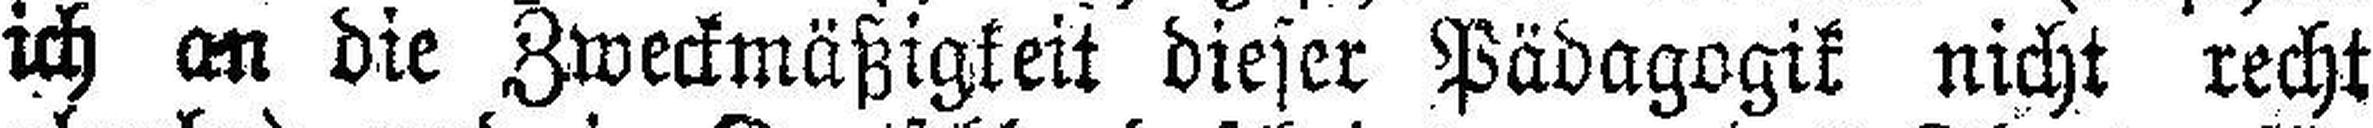
ich an die Zweckmäßigkeit dieser Pädagogik nicht recht